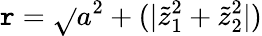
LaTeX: \mathtt{r}=\sqrt{}{{a^{2}+(|\tilde{{z}}_{1}^{2}+\tilde{{z}}_{2}^{2}|)}}